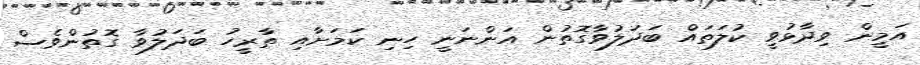
އަމީން ވިދާޅުވީ ކުލަތައް ބަދަލުވާގޮތުން އަންނަނީ ހިނި ކަމަށާއި ތާރީހު ބަދަލުވާ ގޮތުންވެސް